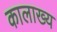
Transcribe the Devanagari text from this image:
कालाख्य